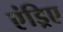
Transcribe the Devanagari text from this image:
एंड्रिए